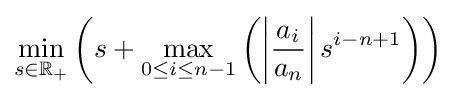
\min _{s\in \mathbb {R} _{+}}\left(s+\max _{0\leq i\leq n-1}\left(\left|{\frac {a_{i}}{a_{n}}}\right|s^{i-n+1}\right)\right)